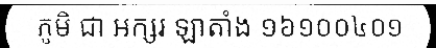
ភូមិ ជា អក្សរ ឡាតាំង ១៦១០០៤០១